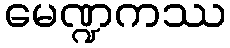
မေဏ္ဍကဿ